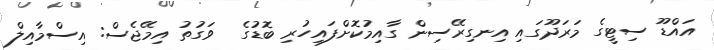
އައްޑޫ ސިޓީގެ މަރަދޫގައި އިނގިރޭސިން ގާއިމުކޮށްފައިހުރި ބޮޑުގެ  ވަގުތު އިމޭޖެސް: އިސްމާއިލް